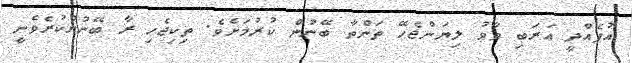
އުފެއްދީ ޢަރަބި ވާވު ލިޔަންޖެހޭ ތަންތާ ބޭނުން ކުރުމަށެވެ. ތިކިޖެހި ރާ ބޭނުންކުރެވެނީ